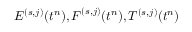
E ^ { ( s , j ) } ( t ^ { n } ) , \boldsymbol { F } ^ { ( s , j ) } ( t ^ { n } ) , T ^ { ( s , j ) } ( t ^ { n } )